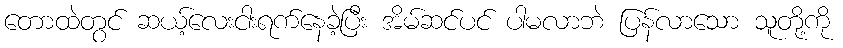
တောထဲတွင် ဆယ့်လေးငါးရက်နေခဲ့ပြီး အိမ်ဆင်ပင် ပါမလာဘဲ ပြန်လာသော သူတို့ကို